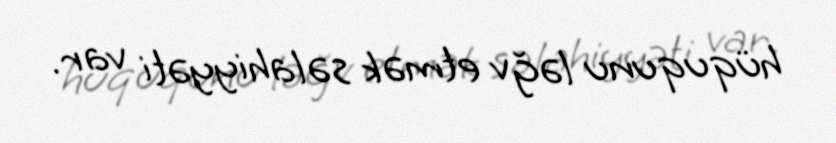
hüququnu ləğv etmək səlahiyyəti var.